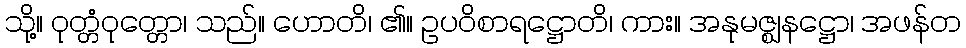
သို့။ ဝုတ္တံဝုတ္တော၊ သည်။ ဟောတိ၊ ၏။ ဥပဝိစာရဋ္ဌောတိ၊ ကား။ အနုမဇ္ဈနဋ္ဌော၊ အဖန်တ